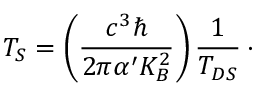
T _ { S } = \left( \frac { c ^ { 3 } \hbar } { 2 \pi \alpha ^ { \prime } K _ { B } ^ { 2 } } \right) \frac { 1 } { T _ { D S } } \: \cdot